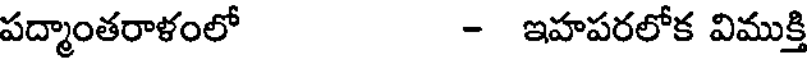
పద్మాంతరాళంలో - ఇహపరలోక విముక్తి